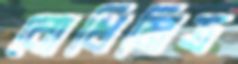
বোধিমিত্র